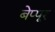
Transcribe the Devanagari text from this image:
बेप्पूर